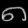
Digit: ၈